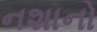
નશાનો